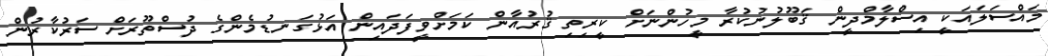
މައްސަލައަކީ އިސްލާމްދީން ޤަބޫލުނުކުރާ މީހުންނަށް ކީރިތި ޤުރުއާން ކަމަށްވީފަދައިން އަޅުގަނޑުމެންގެ ދުސްތޫރަށް ސަރުކާރުން